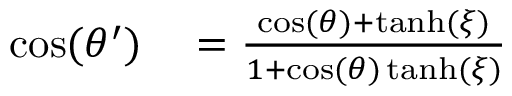
\begin{array} { r l } { \cos ( \theta ^ { \prime } ) } & { { } = \frac { \cos ( \theta ) + \operatorname { t a n h } ( \xi ) } { 1 + \cos ( \theta ) \operatorname { t a n h } ( \xi ) } } \end{array}